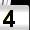
Digit: 4